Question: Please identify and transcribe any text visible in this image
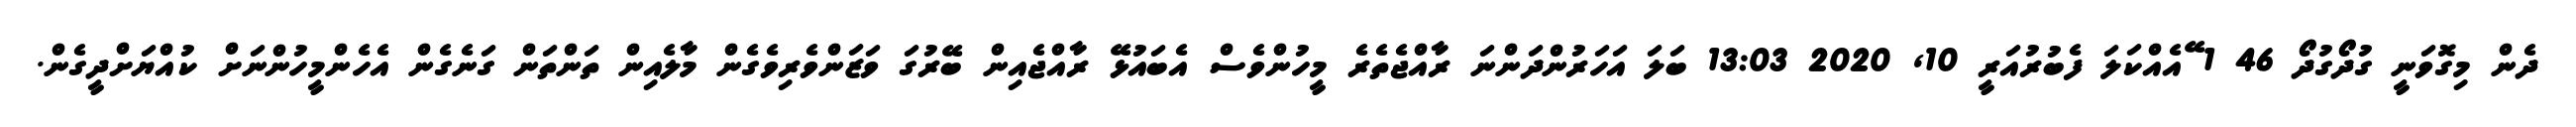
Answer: ދެން މިގޮވަނީ ގުދޯގުދޯ 46 1 ޭއެއްކަލަ ފެބުރުއަރީ 10, 2020 13:03 ބަލަ އަހަރުންދަންނަ ރާއްޖެތެރެ މީހުންވެސް އެބައުޅޭ ރާއްޖެއިން ބޭރުގަ ވަޒަންވެރިވެގެން މާލެއިން ތަންތަން ގަނެގެން އެހެންމީހުންނަށް ކުއްޔަށްދީގެން.